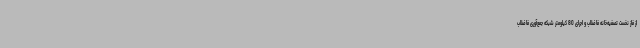
از فاز نخست تصفیه‌خانه فاضلاب و اجرای 80 کیلومتر شبکه جمع‌آوری فاضلاب